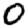
Digit: 0